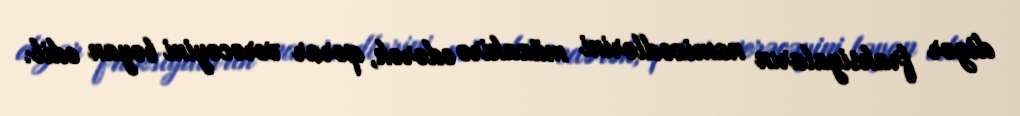
digər fraksiyaların namizədlərini müzakirə edərək, qərar verəcəyini bəyan edib.